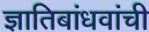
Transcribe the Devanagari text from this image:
ज्ञातिबांधवांची